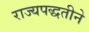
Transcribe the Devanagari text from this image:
राज्यपद्धतीने